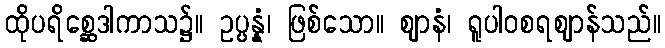
ထိုပရိစ္ဆေဒါကာသ၌။ ဥပ္ပန္နံ၊ ဖြစ်သော။ ဈာနံ၊ ရူပါဝစရဈာန်သည်။